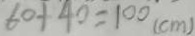
6 0 + 4 0 = 1 0 0 ( c m )